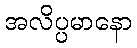
အလိပ္ပမာနော